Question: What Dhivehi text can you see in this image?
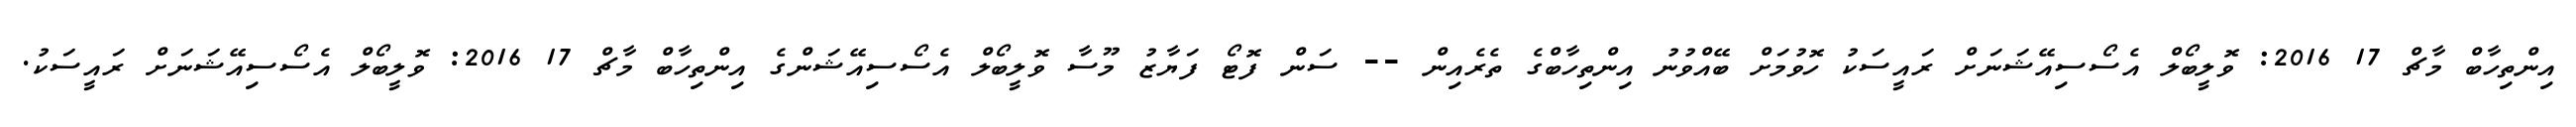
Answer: އިންތިހާބް މާޗް 17 2016: ވޮލީބޯލް އެސޯސިއޭޝަނަށް ރައީސަކު ހޮވުމަށް ބޭއްވުނު އިންތިހާބްގެ ތެރެއިން -- ސަން ފޮޓޯ ފަޔާޒު މޫސާ ވޮލީބޯލް އެސޯސިއޭޝަންގެ އިންތިހާބް މާޗް 17 2016: ވޮލީބޯލް އެސޯސިއޭޝަނަށް ރައީސަކު.